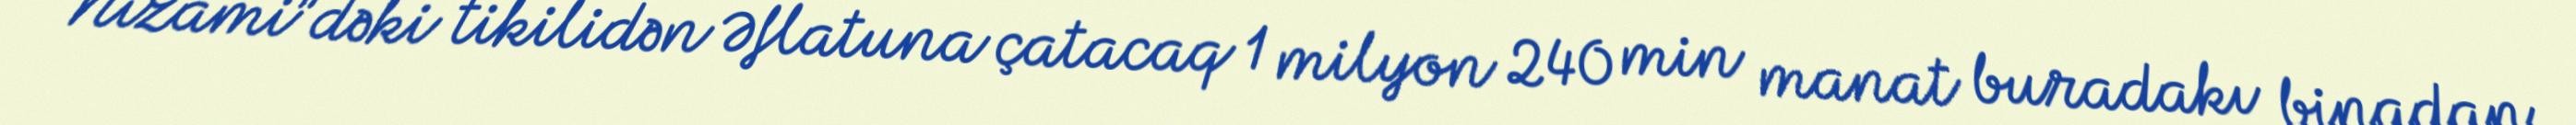
“Nizami”dəki tikilidən Əflatuna çatacaq 1 milyon 240 min manat buradakı binadan